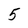
Character: 5